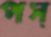
পস্